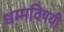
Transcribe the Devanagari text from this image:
धम्मविषयी